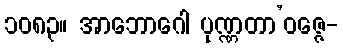
၁၀၈၃။ အာဘောဂေါ ပုဏ္ဏတာ’ဝဇ္ဇေ-